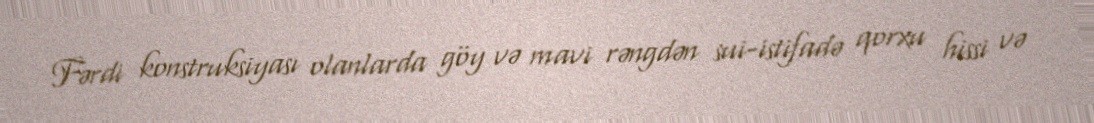
Fərdi konstruksiyası olanlarda göy və mavi rəngdən sui-istifadə qorxu hissi və